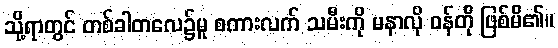
သို့ရာတွင် တစ်ခါတလေ၌မူ စကားလက် သမီးကို မနာလို ဝန်တို ဖြစ်မိ၏။